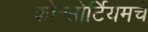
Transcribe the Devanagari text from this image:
कोन्सोर्टियमचे